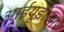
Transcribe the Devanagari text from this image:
आईयूडीआर